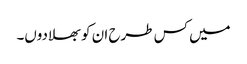
میں کس طرح ان کو بھلادوں۔